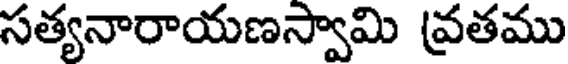
సత్యనారాయణస్వామి వ్రతము